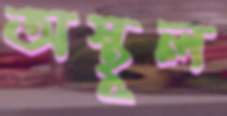
অস্থূল